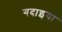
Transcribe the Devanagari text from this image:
गदाइया